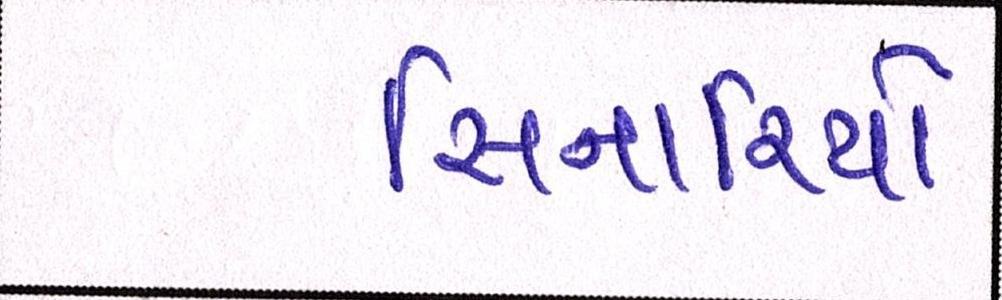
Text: સિનારિયો